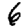
Digit: 6